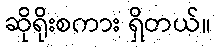
ဆိုရိုးစကား ရှိတယ်။